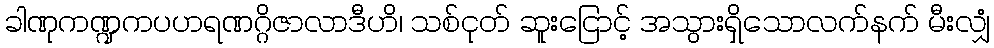
ခါဏုကဏ္ဍကပဟရဏဂ္ဂိဇာလာဒီဟိ၊ သစ်ငုတ် ဆူးငြောင့် အသွားရှိသောလက်နက် မီးလျှံ